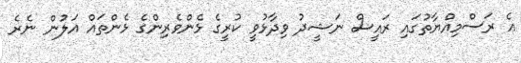
އެ ރަސްމިއްޔާތުގައި ރައީސް ނަޝީދު ވިދާޅުވީ ކުރީގެ ޅެންވެރިންގެ ޅެންތައް އަލުން ނެރެ